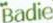
Badie